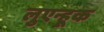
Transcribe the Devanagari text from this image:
लुएन्हूक